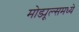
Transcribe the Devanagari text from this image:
मोड्यूल्समध्ये